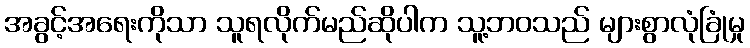
အခွင့်အရေးကိုသာ သူရလိုက်မည်ဆိုပါက သူ့ဘဝသည် များစွာလုံခြုံမှု